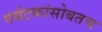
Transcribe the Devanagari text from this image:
पर्यटकांसोबतच